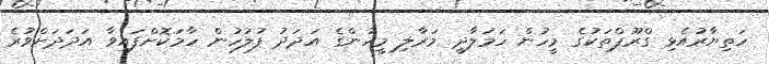
ހަތިޔާރުއެޅި ގްރޫޕްތަކުގެ މީހުން ހަމަލާދީ މަރާލި މީހުންގެ އަދަދު ފުލުހުން ހާމަކޮށްފައިވާ އަދަދަށްވުރެ